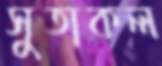
সুতাকল